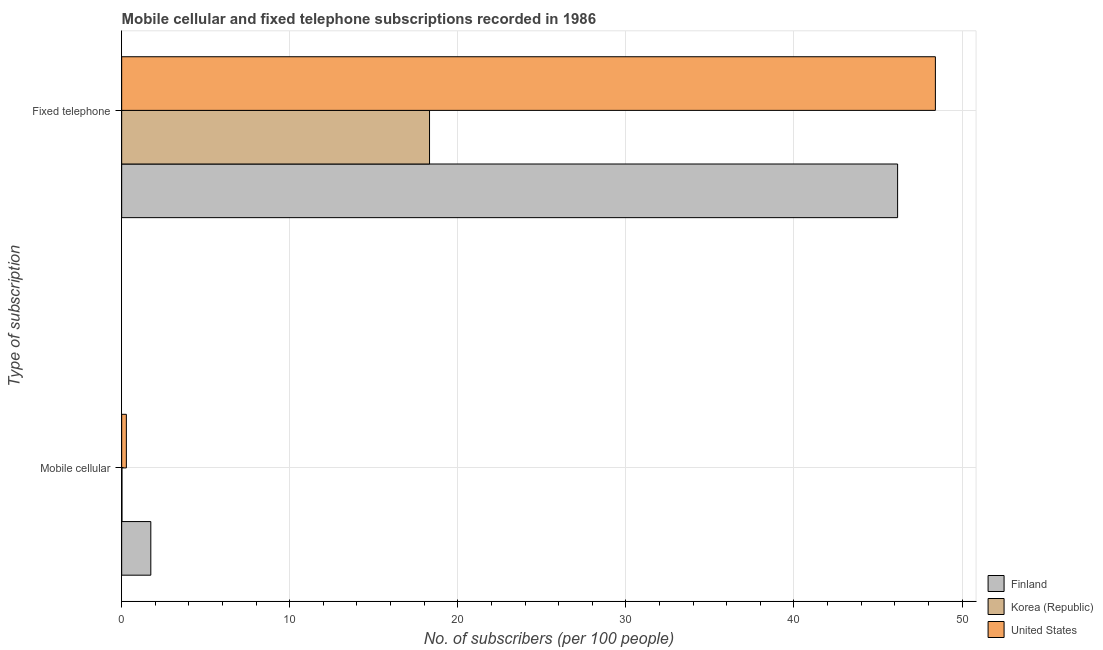
| Type of subscription | Finland | Korea (Republic) | United States |
 | --- | --- | --- | --- |
 | Mobile cellular | 1.73 | 0.0173 | 0.279 |
 | Fixed telephone | 46.2 | 18.3 | 48.4 |